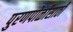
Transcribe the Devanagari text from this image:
पुरणपोळीसाठी